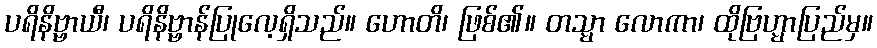
ပရိနိဗ္ဗာယီ၊ ပရိနိဗ္ဗာန်ပြုလေ့ရှိသည်။ ဟောတိ၊ ဖြစ်၏။ တသ္မာ လောကာ၊ ထိုဗြဟ္မာပြည်မှ။